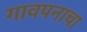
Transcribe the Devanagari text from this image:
गावपनाचा